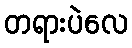
တရားပဲလေ